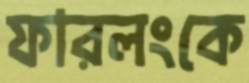
ফারলংকে